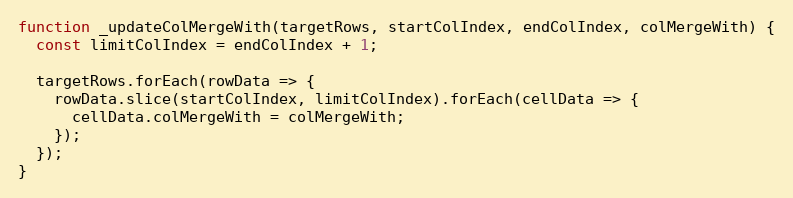
Language: JavaScript
function _updateColMergeWith(targetRows, startColIndex, endColIndex, colMergeWith) {
  const limitColIndex = endColIndex + 1;

  targetRows.forEach(rowData => {
    rowData.slice(startColIndex, limitColIndex).forEach(cellData => {
      cellData.colMergeWith = colMergeWith;
    });
  });
}